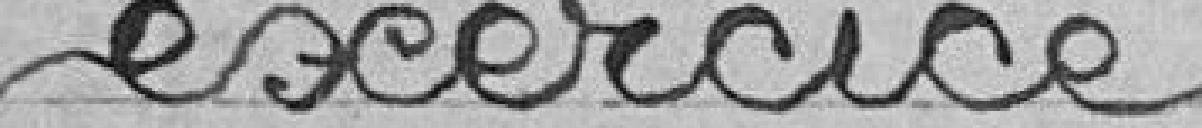
exercice